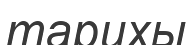
тарихы